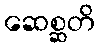
ဆေစ္ဆတိ